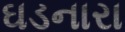
ઘડનારા